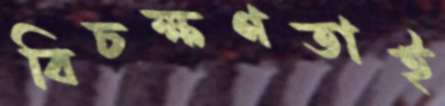
বিচক্ষণতাই